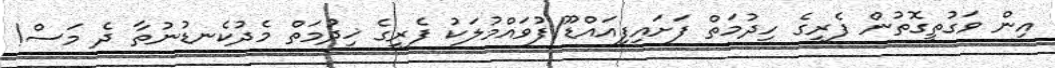
އިން ވަގުތީގޮތުން ފެރީގެ ހިދުމަތް ފަށައިފިއައްޑޫ/ފުވައްމުލަކު ފެރީގެ ޚިދުމަތް މެދުކެނޑުނުތާ ދެ މަސް!